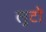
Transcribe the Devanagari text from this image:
लूटों